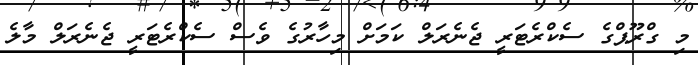
މި ގްރޫޕްގެ ސެކްރެޓަރީ ޖެނެރަލް ކަމަށް މިހާރުގެ ވެސް ސެކްރެޓަރީ ޖެނެރަލް މާލެ